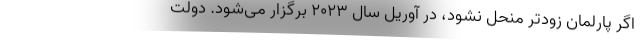
اگر پارلمان زودتر منحل نشود، در آوریل سال ۲۰۲۳ برگزار می‌شود. دولت